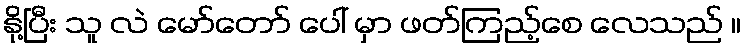
နို့ပြီး သူ လဲ မော်တော် ပေါ် မှာ ဖတ်ကြည့်စေ လေသည် ။